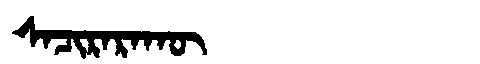
Manchu: ᠰᠠᠴᡳᡵᠠᡵᠠᡴᡡ
Romanization: SACIRARAKŪ